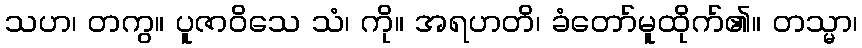
သဟ၊ တကွ။ ပူဇာဝိသေ သံ၊ ကို။ အရဟတိ၊ ခံတော်မူထိုက်၏။ တသ္မာ၊